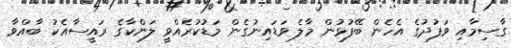
ގާސިމާއި ވަފުދުގެ އެހެން ބޭފުޅުން މާލެ ވަޑައިނުގެން މަޑުކުރެއްވީ ލަންކާގެ ރައީސާއެކު ބާއްވާ